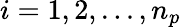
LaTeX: i=1,2,...,n_{p}